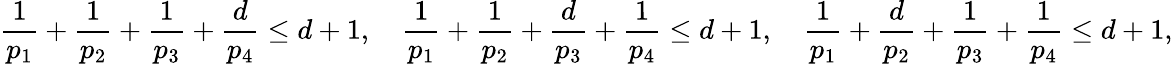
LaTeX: \frac{1}{p_{1}}+\frac{1}{p_{2}}+\frac{1}{p_{3}}+\frac{d}{p_{4}}\le d+1,\quad\frac{1}{p_{1}}+\frac{1}{p_{2}}+\frac{d}{p_{3}}+\frac{1}{p_{4}}\le d+1,\quad\frac{1}{p_{1}}+\frac{d}{p_{2}}+\frac{1}{p_{3}}+\frac{1}{p_{4}}\le d+1,